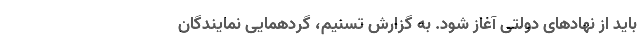
باید از نهادهای دولتی آغاز شود. به گزارش تسنیم، گردهمایی نمایندگان